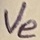
Text: Ve